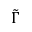
\tilde { \Gamma }